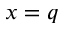
x = q